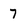
Character: 7